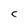
Character: C